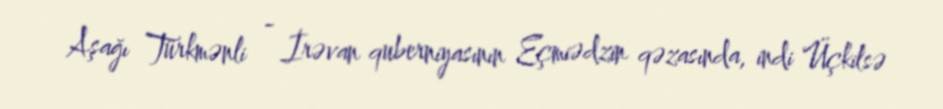
Aşağı Türkmənli - İrəvan quberniyasının Eçmiədzin qəzasında, indi Üçkilsə